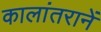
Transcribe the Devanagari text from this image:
कालांतरानें